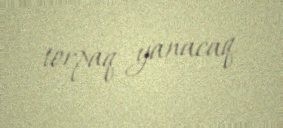
torpaq yanacaq.